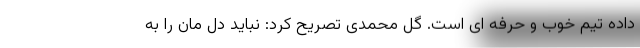
داده تیم خوب و حرفه ای است. گل محمدی تصریح کرد: نباید دل مان را به